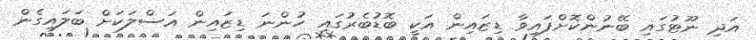
އަދި ނޫޓުގައި ބޭނުންކޮށްފައިވާ ޑިޒައިން އަކީ ބޮޑުބެރުގައި ހުންނަ ޑިޒައިން އަސްލަކަށް ބަލައިގެން